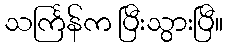
သင်္ကြန်က ပြီးသွားပြီ။